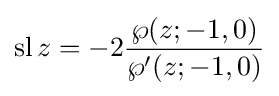
\operatorname {sl} z=-2{\frac {\wp (z;-1,0)}{\wp '(z;-1,0)}}